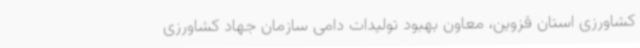
کشاورزی استان قزوین، معاون بهبود تولیدات دامی سازمان جهاد کشاورزی